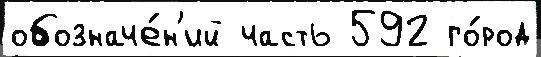
обозначе́н'ий часть 592 го́род